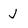
Character: J